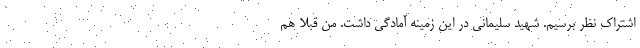
اشتراك نظر برسيم. شهيد سليماني در اين زمينه آمادگي داشت. من قبلا هم